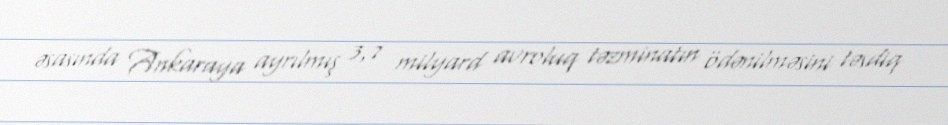
əsasında Ankaraya ayrılmış 3,7 milyard avroluq təzminatın ödənilməsini təsdiq